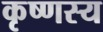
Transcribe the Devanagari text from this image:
कृष्णस्य